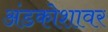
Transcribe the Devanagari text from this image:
अंडकोशावर